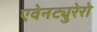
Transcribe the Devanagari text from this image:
एवेनट्युरेरो